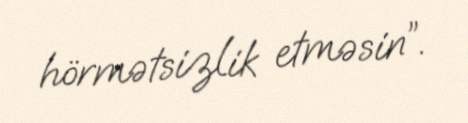
hörmətsizlik etməsin”.